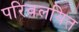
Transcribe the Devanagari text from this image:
परिवलयित